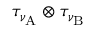
\tau _ { \nu _ { \mathrm { A } } } \otimes \tau _ { \nu _ { \mathrm { B } } }